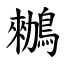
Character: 䳵